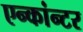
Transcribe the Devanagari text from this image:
एन्कांन्टर